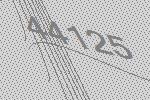
44125